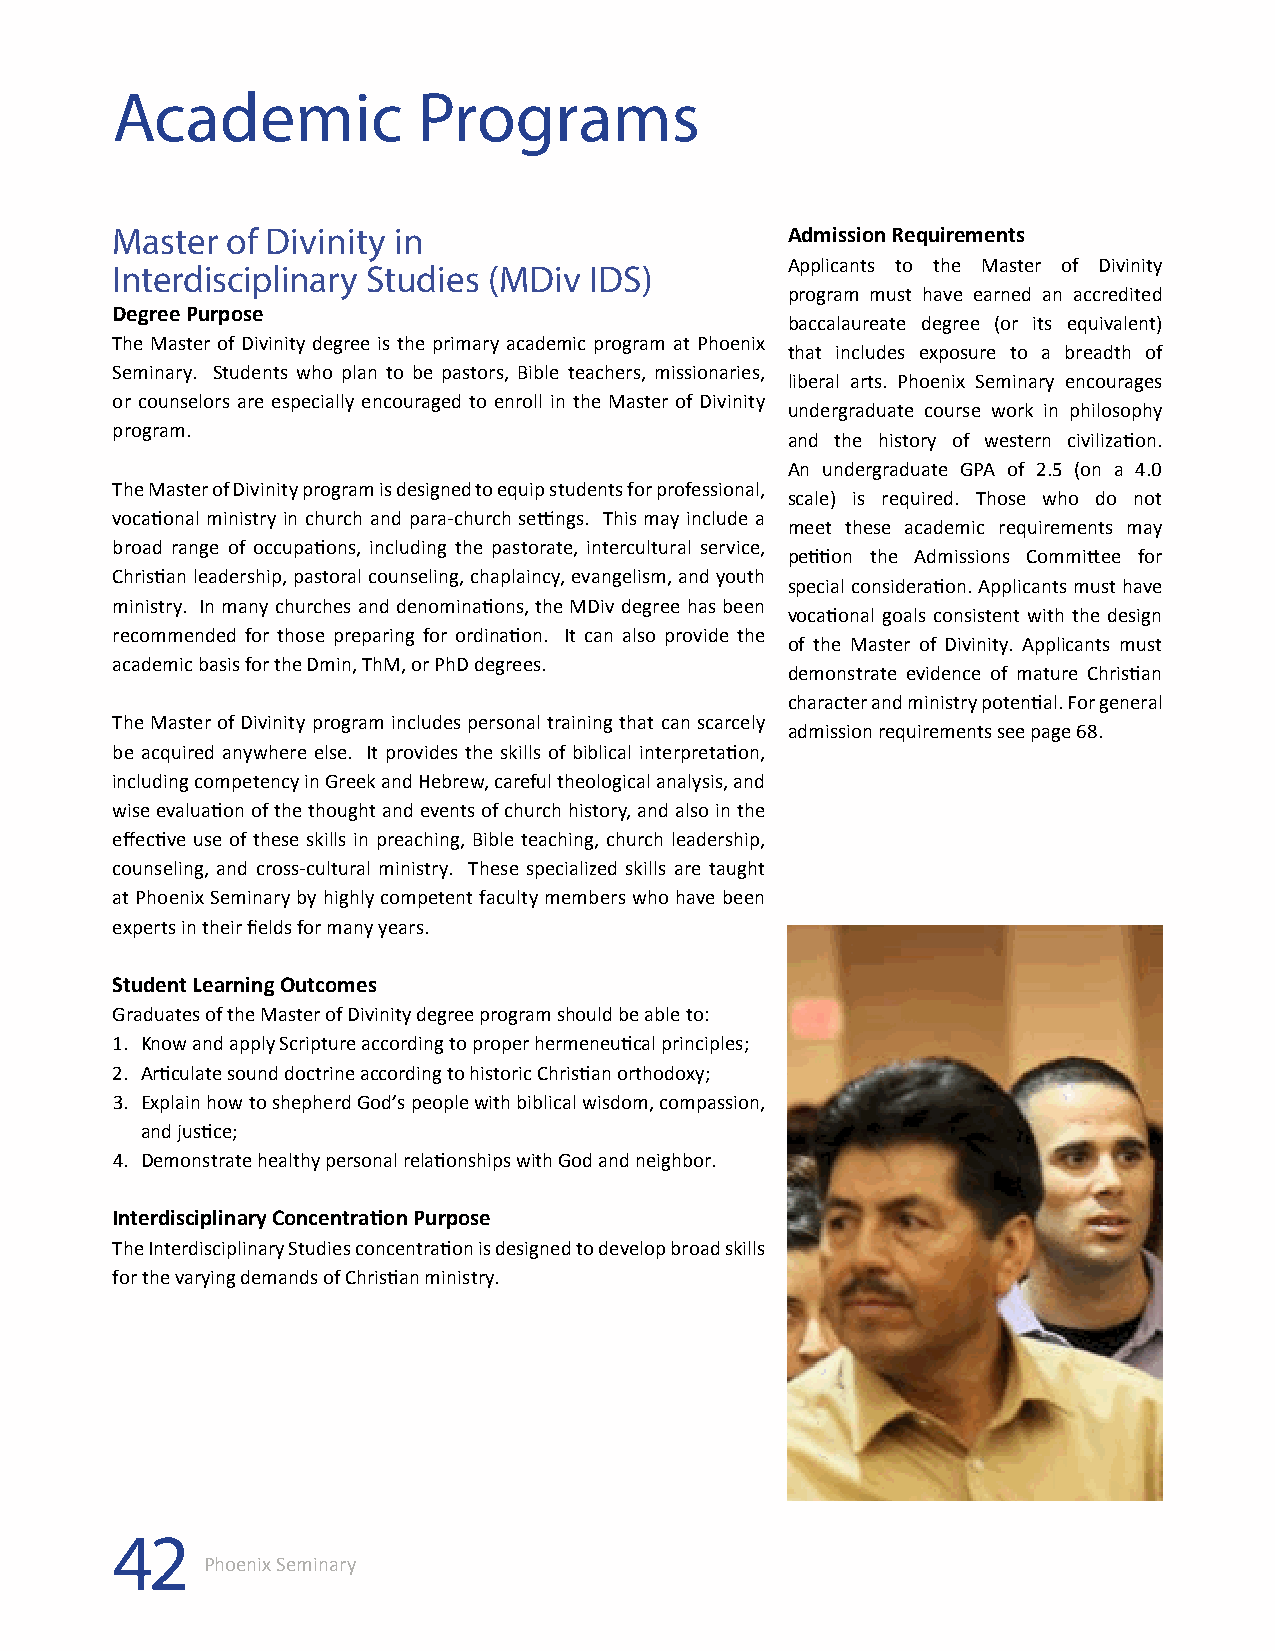
Academic             Programs
 Master  of Divinity in                       Admission Requirements
 Applicants to the Master of Divinity
 Interdisciplinary Studies (MDiv IDS)
 program must have earned an accredited
 Degree Purpose
 baccalaureate degree (or its equivalent)
 The Master of Divinity degree is the primary academic program at Phoenix
 that includes exposure to a breadth of
 Seminary. Students who plan to be pastors, Bible teachers, missionaries,
 liberal arts. Phoenix Seminary encourages
 or counselors are especially encouraged to enroll in the Master of Divinity
 undergraduate course work in philosophy
 program.
 and the history of western civilization.
 An undergraduate GPA of 2.5 (on a 4.0
 The Master of Divinity program is designed to equip students for professional,
 scale) is required. Those who do not
 vocational ministry in church and para-church settings. This may include a
 meet these academic requirements may
 broad range of occupations, including the pastorate, intercultural service,
 petition the Admissions Committee for
 Christian leadership, pastoral counseling, chaplaincy, evangelism, and youth
 special consideration. Applicants must have
 ministry. In many churches and denominations, the MDiv degree has been
 vocational goals consistent with the design
 recommended for those preparing for ordination. It can also provide the
 of the Master of Divinity. Applicants must
 academic basis for the Dmin, ThM, or PhD degrees.
 demonstrate evidence of mature Christian
 character and ministry potential. For general
 The Master of Divinity program includes personal training that can scarcely
 admission requirements see page 68.
 be acquired anywhere else. It provides the skills of biblical interpretation,
 including competency in Greek and Hebrew, careful theological analysis, and
 wise evaluation of the thought and events of church history, and also in the
 effective use of these skills in preaching, Bible teaching, church leadership,
 counseling, and cross-cultural ministry. These specialized skills are taught
 at Phoenix Seminary by highly competent faculty members who have been
 experts in their fields for many years.
 Student Learning Outcomes
 Graduates of the Master of Divinity degree program should be able to:
 1. Know and apply Scripture according to proper hermeneutical principles;
 2. Articulate sound doctrine according to historic Christian orthodoxy;
 3. Explain how to shepherd God’s people with biblical wisdom, compassion,
 and justice;
 4. Demonstrate healthy personal relationships with God and neighbor.
 Interdisciplinary Concentration Purpose
 The Interdisciplinary Studies concentration is designed to develop broad skills
 for the varying demands of Christian ministry.
 42
 Phoenix Seminary